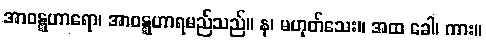
အာဝဋ္ဋဟာရော၊ အာဝဋ္ဋဟာရမည်သည်။ န၊ မဟုတ်သေး။ အထ ခေါ၊ ကား။